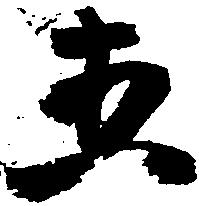
五